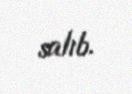
salıb.